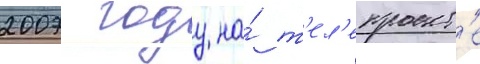
2007 году на́ т'ел'епроект'е